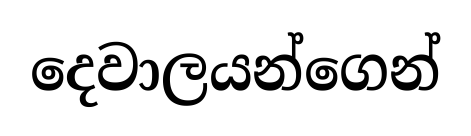
දෙවාලයන්ගෙන්